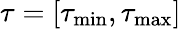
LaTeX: {\tau}=[{\tau_{\operatorname*{min}}},{\tau_{\operatorname*{max}}}]